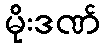
မိုးဒဏ်